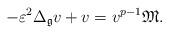
LaTeX: \begin{align*}-\varepsilon^{2}\Delta_{\mathfrak{g}}v+v=v^{p-1}\mathfrak{M}.\end{align*}